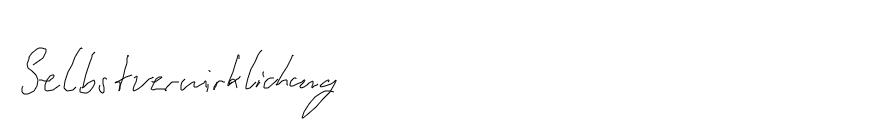
Selbstverwirklichung